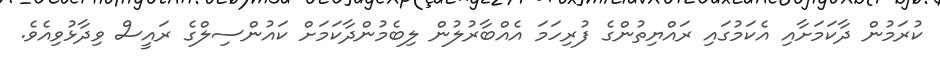
ކުރަމުން ދާކަމަށާއި އެކަމުގައި ރައްޔިތުންގެ ފުރިހަމަ އެއްބާރުލުން ލިބެމުންދާކަމަށް ކައުންސިލްގެ ރައީސް ވިދާޅުވިއެވެ.